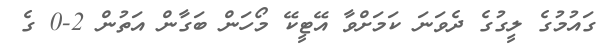
ގައުމުގެ ލީގުގެ ދެވަނަ ކަމަށްވާ އޭޓީކޭ މޯހަން ބަގާން އަތުން 2-0 ގެ